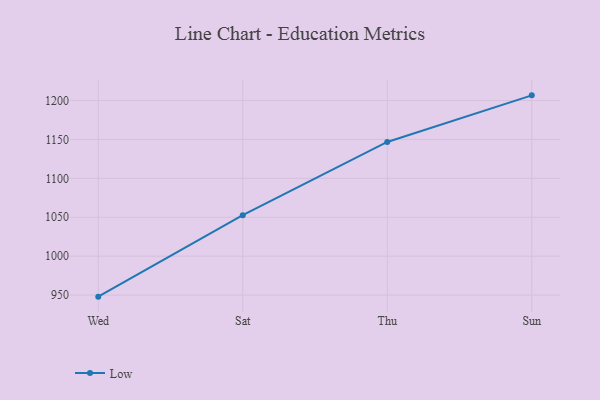
{"axis": {"x": "Day", "y": "Revenue (USD Million)"}, "legend": ["Low"], "data": [{"x": "Wed", "y": 948.0, "type": "Low"}, {"x": "Sat", "y": 1052.6, "type": "Low"}, {"x": "Thu", "y": 1146.7, "type": "Low"}, {"x": "Sun", "y": 1206.6, "type": "Low"}]}